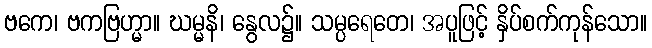
ဗကေ၊ ဗကဗြဟ္မာ။ ဃမ္မနိ၊ နွေလ၌။ သမ္ပရေတေ၊ အပူဖြင့် နှိပ်စက်ကုန်သော။